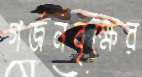
গর্জনবৃক্ষের